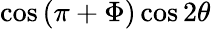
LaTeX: \cos{\left(\pi+\Phi\right)}\cos{2\theta}